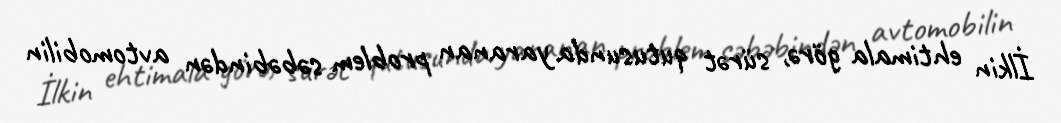
İlkin ehtimala görə, sürət qutusunda yaranan problem səbəbindən avtomobilin